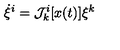
\dot { \xi } ^ { i } = { \cal J } _ { k } ^ { i } [ x ( t ) ] \xi ^ { k }